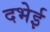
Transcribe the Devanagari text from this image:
दभेई